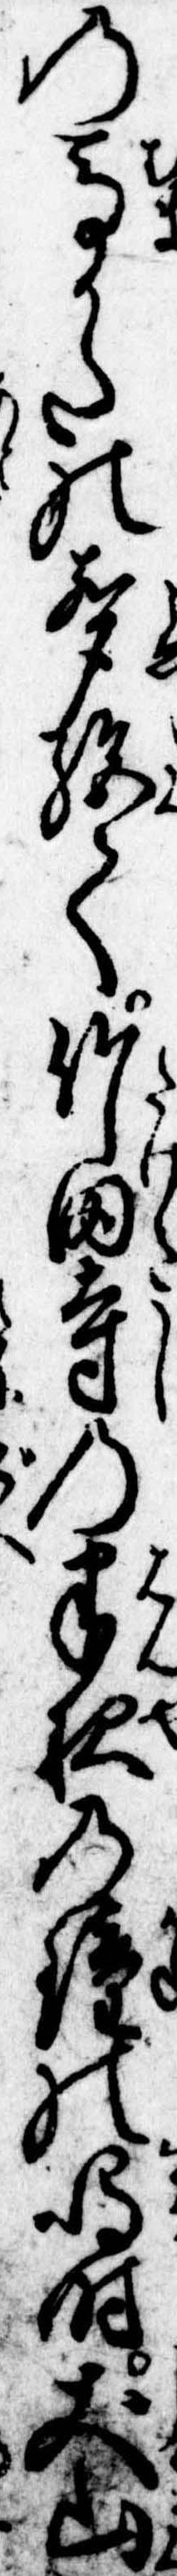
の馬かたの声絶て竹田寺の半夜の鐘の鳴時𠀋山